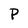
Character: P